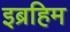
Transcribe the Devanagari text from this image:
इब्रहिम